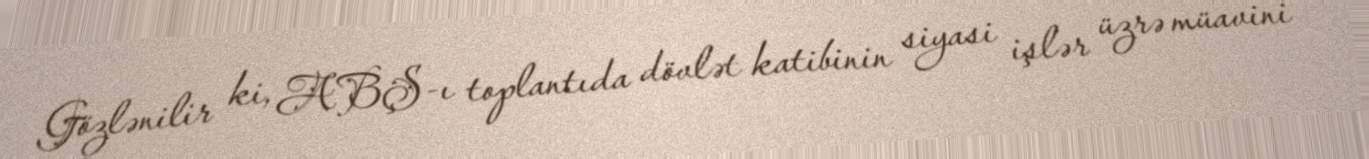
Gözlənilir ki, ABŞ-ı toplantıda dövlət katibinin siyasi işlər üzrə müavini